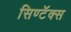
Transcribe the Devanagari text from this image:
सिण्टॅक्स